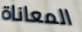
المعاناة